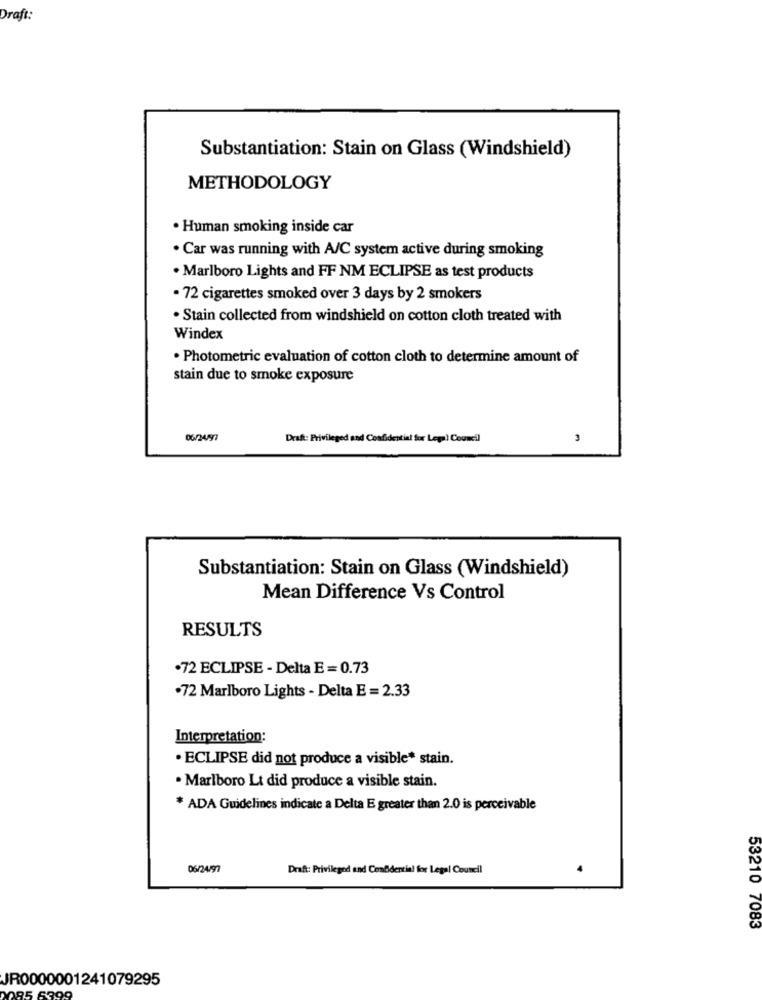
Draft:
Substantiation: Stain on Glass (Windshield)
METHODOLOGY
· Human smoking inside car
. Car was running with A/C system active during smoking
· Marlboro Lights and FF NM ECLIPSE as test products
· 72 cigarettes smoked over 3 days by 2 smokers
. Stain collected from windshield on cotton cloth treated with
Windex
. Photometric evaluation of cotton cloth to determine amount of
stain due to smoke exposure
06/2497
Draft: Privileged and Confidential for Legal Council
3
Substantiation: Stain on Glass (Windshield)
Mean Difference Vs Control
RESULTS
.72 ECLIPSE - Delta E = 0.73
.72 Marlboro Lights - Delta E = 2.33
Interpretation:
· ECLIPSE did not produce a visible* stain.
. Marlboro Lt did produce a visible stain.
* ADA Guidelines indicate a Delta E greater than 2.0 is perceivable
06/24/97
Draft: Privileged and Confidential for Legal Council
53210 7083
JR0000001241079295
185